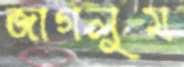
জাগলুম